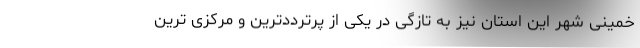
خمینی شهر این استان نیز به تازگی در یکی از پرترددترین و مرکزی ترین